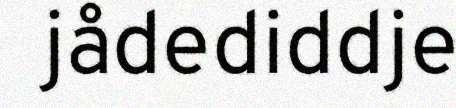
jådediddje